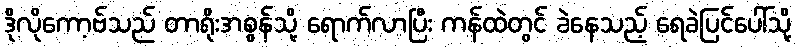
ဒိုလိုကော့ဗ်သည် တာရိုးအစွန်သို့ ရောက်လာပြီး ကန်ထဲတွင် ခဲနေသည့် ရေခဲပြင်ပေါ်သို့